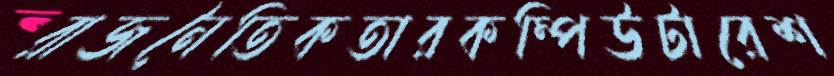
রাজনৈতিকতারকম্পিউটারেশ